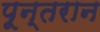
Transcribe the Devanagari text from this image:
पून्तरान